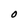
Character: O